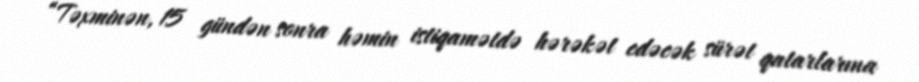
“Təxminən, 15 gündən sonra həmin istiqamətdə hərəkət edəcək sürət qatarlarına